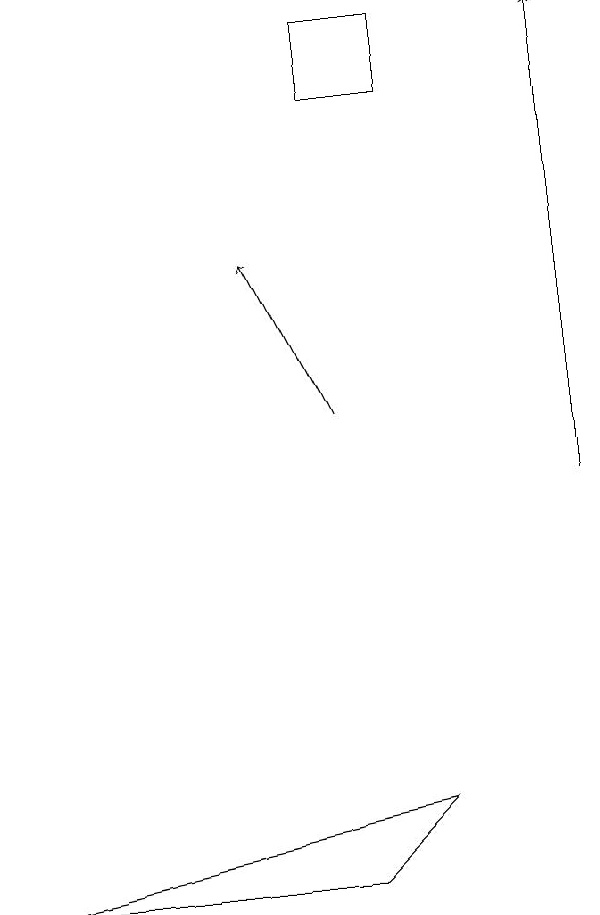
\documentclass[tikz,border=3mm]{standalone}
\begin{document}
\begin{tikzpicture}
\draw[->] (6,12) -- (5,14);
\draw (6,17) rectangle (7,16);
\draw[->] (9,11) -- (9,17);
\draw (7,7) -- (2,6) -- (6,6) -- cycle;
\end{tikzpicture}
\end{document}